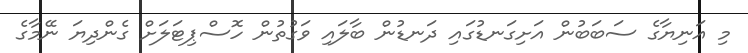
މި އަނިޔާގެ ސަބަބުން އަށިގަނޑުގައި ދަނޑުން ބާލައި ވަގުތުން ހޮސްޕިޓަލަށް ގެންދިޔަ ނޭމާގެ